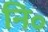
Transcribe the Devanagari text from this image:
नि॰